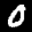
Label: 0